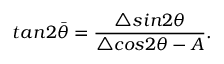
t a n 2 \bar { \theta } = \frac { \triangle s i n 2 \theta } { \triangle c o s 2 \theta - A } .